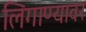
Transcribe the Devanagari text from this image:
लिंगाण्यावर